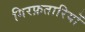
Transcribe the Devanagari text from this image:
गिरफ़तारियों